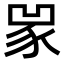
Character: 𧰽